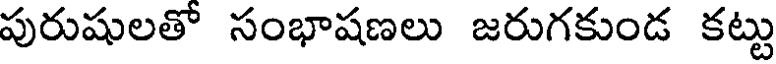
పురుషులతో సంభాషణలు జరుగకుండ కట్టు